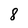
Character: 8